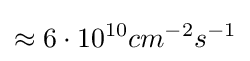
\approx 6\cdot 10^{10}cm^{-2}s^{-1}